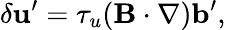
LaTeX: \delta{\mathbf{u}}^{\prime}=\tau_{u}({\mathbf{B}}\cdot\nabla){\mathbf{b}}^{\prime},